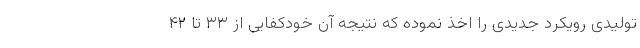
تولیدی رویکرد جدیدی را اخذ نموده که نتیجه آن خودکفایی از ۳۳ تا ۴۲